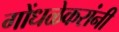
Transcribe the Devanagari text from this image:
गोंधळेकरांनी